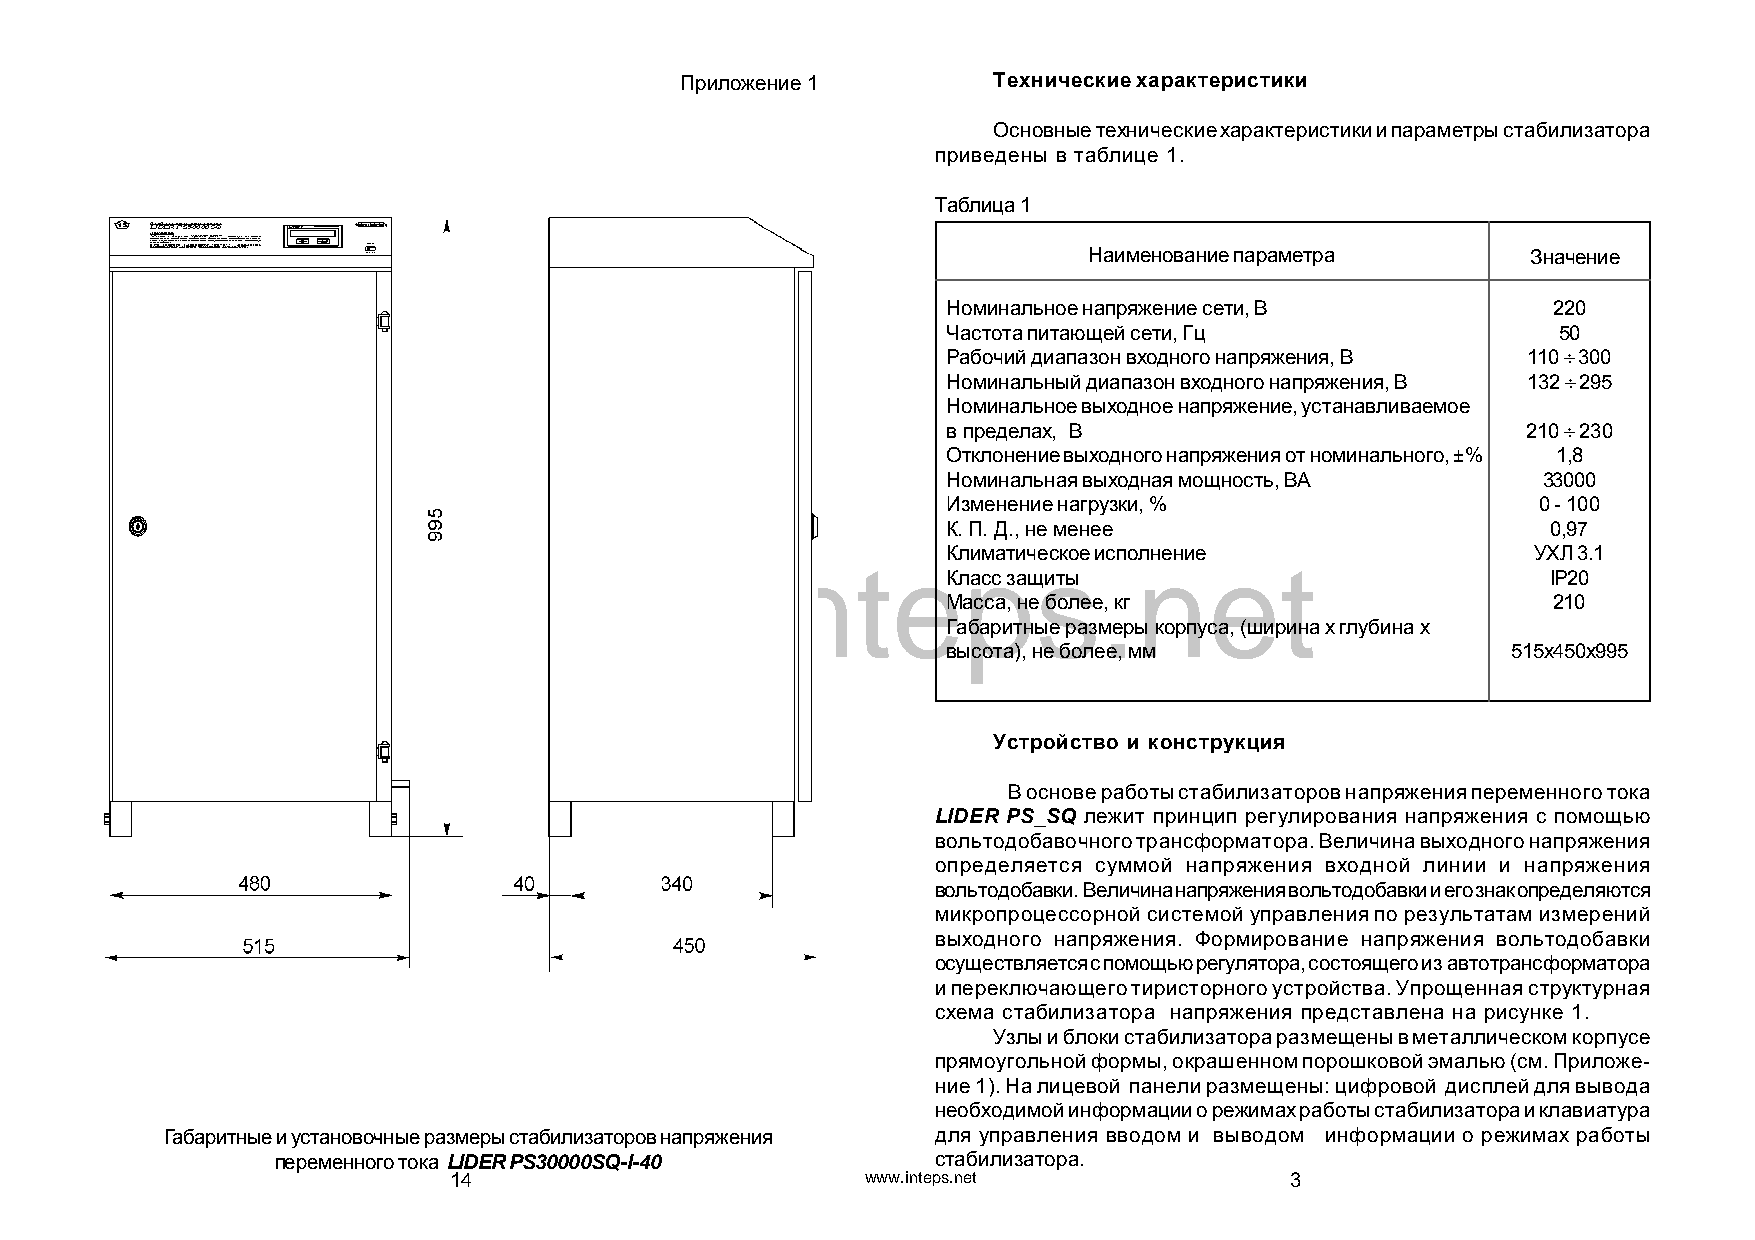
Приложение 1         Технические характеристики
 Основные технические характеристики и параметры стабилизатора
 приведены в таблице 1.
 Таблица 1
 Наименование параметра       Значение
 Номинальное напряжение сети, В          220
 Частота питающей сети, Гц               50
 Рабочий диапазон входного напряжения, В 110 300
 Номинальный диапазон входного напряжения, В 132 295
 Номинальное выходное напряжение, устанавливаемое
 в пределах, В                         210  230
 Отклонение выходного напряжения от номинального, ±% 1,8
 Номинальная выходная мощность, ВА      33000
 Изменение нагрузки, %                  0 - 100
 К. П. Д., не менее                      0,97
 Климатическое исполнение               УХЛ 3.1
 www.inteps.net
 Класс защиты                            IP20
 Масса, не более, кг                     210
 Габаритные размеры корпуса, (ширина х глубина х
 высота), не более, мм                515х450х995
 Устройство и конструкция
 В основе работы стабилизаторов напряжения переменного тока
 LIDER PS_SQ лежит принцип регулирования напряжения с помощью
 вольтодобавочного трансформатора. Величина выходного напряжения
 определяется суммой напряжения входной линии и напряжения
 вольтодобавки. Величина напряжения вольтодобавки и его знак определяются
 микропроцессорной системой управления по результатам измерений
 выходного напряжения. Формирование напряжения вольтодобавки
 осуществляется с помощью регулятора, состоящего из автотрансформатора
 и переключающего тиристорного устройства. Упрощенная структурная
 схема стабилизатора напряжения представлена на рисунке 1.
 Узлы и блоки стабилизатора размещены в металлическом корпусе
 прямоугольной формы, окрашенном порошковой эмалью (см. Приложе-
 ние 1). На лицевой панели размещены: цифровой дисплей для вывода
 необходимой информации о режимах работы стабилизатора и клавиатура
 Габаритные и установочные размеры стабилизаторов напряжения для управления вводом и выводом информации о режимах работы
 переменного тока LIDER PS30000SQ-I-40       стабилизатора.
 14                         www.inteps.net              3